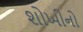
શોખીનો